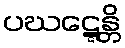
ပဃဋ္ဋေန္တိ